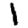
Digit: 1